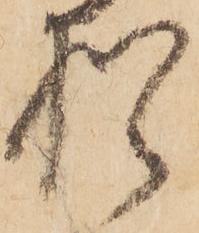
猶